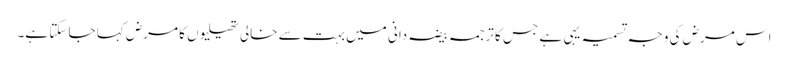
اس مرض کی وجہ تسمیہ یہی ہے جس کا ترجمہ بیضہ دانی میں بہت سے خالی تھیلیوں کا مرض کہا جا سکتا ہے۔